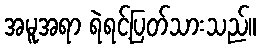
အမူအရာ ရဲရင့်ပြတ်သားသည်။